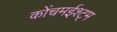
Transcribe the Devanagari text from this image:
कोंचमईश्ट्म